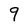
Character: 9